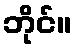
ဘိုင်။